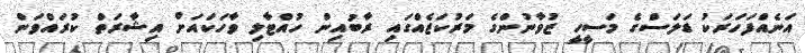
އަނެއްފަހަރަކު ޑަލަސްގެ މަސީހީ ޒުވާނުންގެ މަރުކަޒެއްގައި ރާބުއިން ހުއްޓާލި ވާހަކައަށް އިޝާރަތް ކުރައްވަން